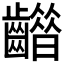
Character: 𪙮